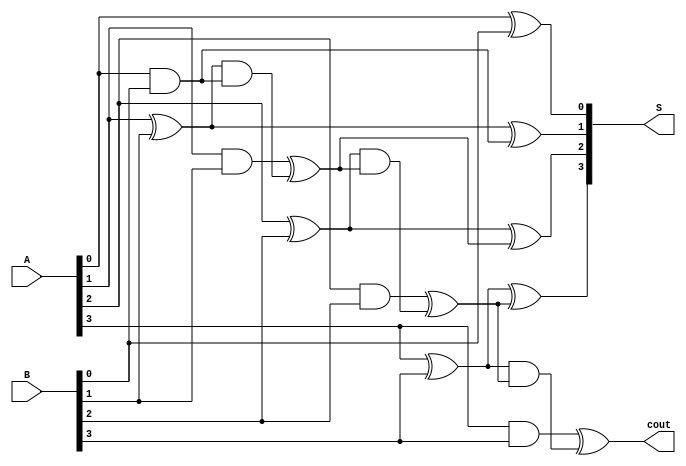
`timescale 1ns / 1ps
//////////////////////////////////////////////////////////////////////////////////
// Company: 
// Engineer: 
// 
// Design Name: 
// Module Name:    advance4bitAdder 
// Project Name: 
// Target Devices: 
// Tool versions: 
// Description: 
//
// Dependencies: 
//
// Revision: 
// Revision 0.01 - File Created
// Additional Comments: 
//
//////////////////////////////////////////////////////////////////////////////////
//Ci+1=Ai * Bi+Ai+Bi* Ci
module advance4bitAdder(input wire[3:0] A,input wire[3:0] B,
					output wire cout,output wire[3:0] S);
	wire c0,c1,c2,c3;
	assign c0=1'b0;
	assign c1=A[0]&B[0]^(A[0]^B[0])&c0;
	assign c2=A[1]&B[1]^(A[1]^B[1])&c1;
	assign c3=A[2]&B[2]^(A[2]^B[2])&c2;
	assign cout=A[3]&B[3]^(A[3]^B[3])&c3;
	assign S[0]=A[0]^B[0]^c0;
	assign S[1]=A[1]^B[1]^c1;
	assign S[2]=A[2]^B[2]^c2;
	assign S[3]=A[3]^B[3]^c3;
endmodule